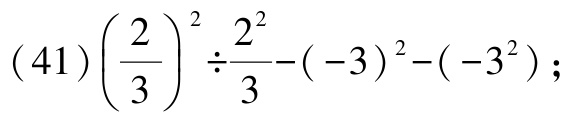
$(41)\left(\dfrac{2}{3}\right)^{2}\div \dfrac{2^{2}}{3}-(-3)^{2}-(-3^{2})$